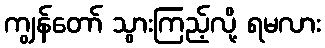
ကျွန်တော် သွားကြည့်လို့ ရမလား